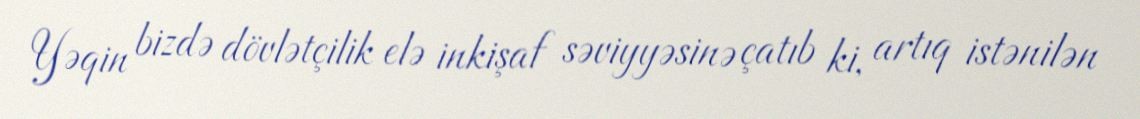
Yəqin bizdə dövlətçilik elə inkişaf səviyyəsinə çatıb ki, artıq istənilən